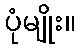
ပုံမျိုး။